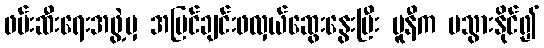
ဖမ်းဆီးရေးအဖွဲ့မှ အမြင်ချင်းဖလှယ်ဆွေးနွေးပြီး မူနီက မသွားနိုင်၍